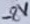
Text: -8V